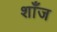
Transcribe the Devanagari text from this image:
शाँज